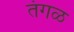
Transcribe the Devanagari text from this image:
तंगळ